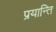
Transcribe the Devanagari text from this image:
प्रयान्ति